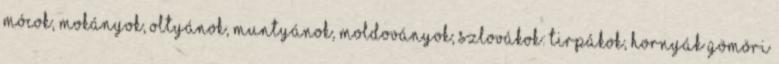
mócok, mokányok, oltyánok, muntyánok, moldoványok; Szlovákok: tirpákok, hornyák gömöri